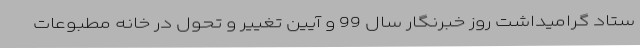
ستاد گرامیداشت روز خبرنگار سال 99 و آیین تغییر و تحول در خانه مطبوعات